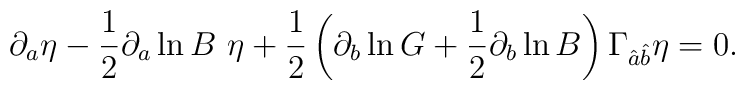
\partial_a \eta-{1\over 2} \partial_a \ln B\ \eta+{1\over 2}\left(\partial_b\ln G+{1\over 2}\partial_b\ln B\right)\Gamma_{\hat{a}\hat{b}}\eta=0.